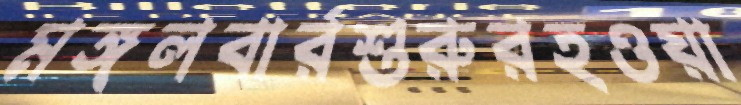
মঙ্গলবার্রশুরুরহওয়া